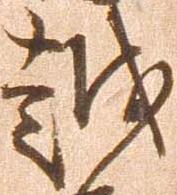
越